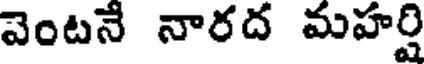
వెంటనే నారద మహర్షి